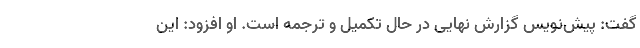
گفت: پیَش‌نویس گزارش نهایی در حال تکمیل و ترجمه است. او افزود: این